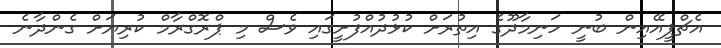
އެޗްޕީއޭއިން ބުނީ ހަނިމާދޫގެ އިތުރަށް ކުޅުދުއްފުށީގައި ވެސް މި ޕްރޮގްރާމް ކުރިޔަށް ގެންދާނެ